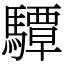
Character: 驔